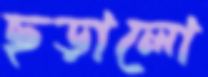
ছড়ালো